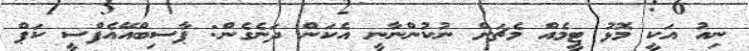
ނިއު އަކީ މޮޅު ޓީމެއް މެޗަށް ނުކުންނާނީ އެކަން ދަނެގެން: ޕާސިބްއޭއެފްސީ ކަޕް